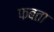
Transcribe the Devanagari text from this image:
फबता